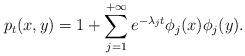
LaTeX: \begin{align*}p_t(x,y)=1+\sum_{j=1}^{+\infty} e^{-\lambda_j t} \phi_j (x) \phi_j(y).\end{align*}